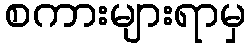
စကားများရာမှ